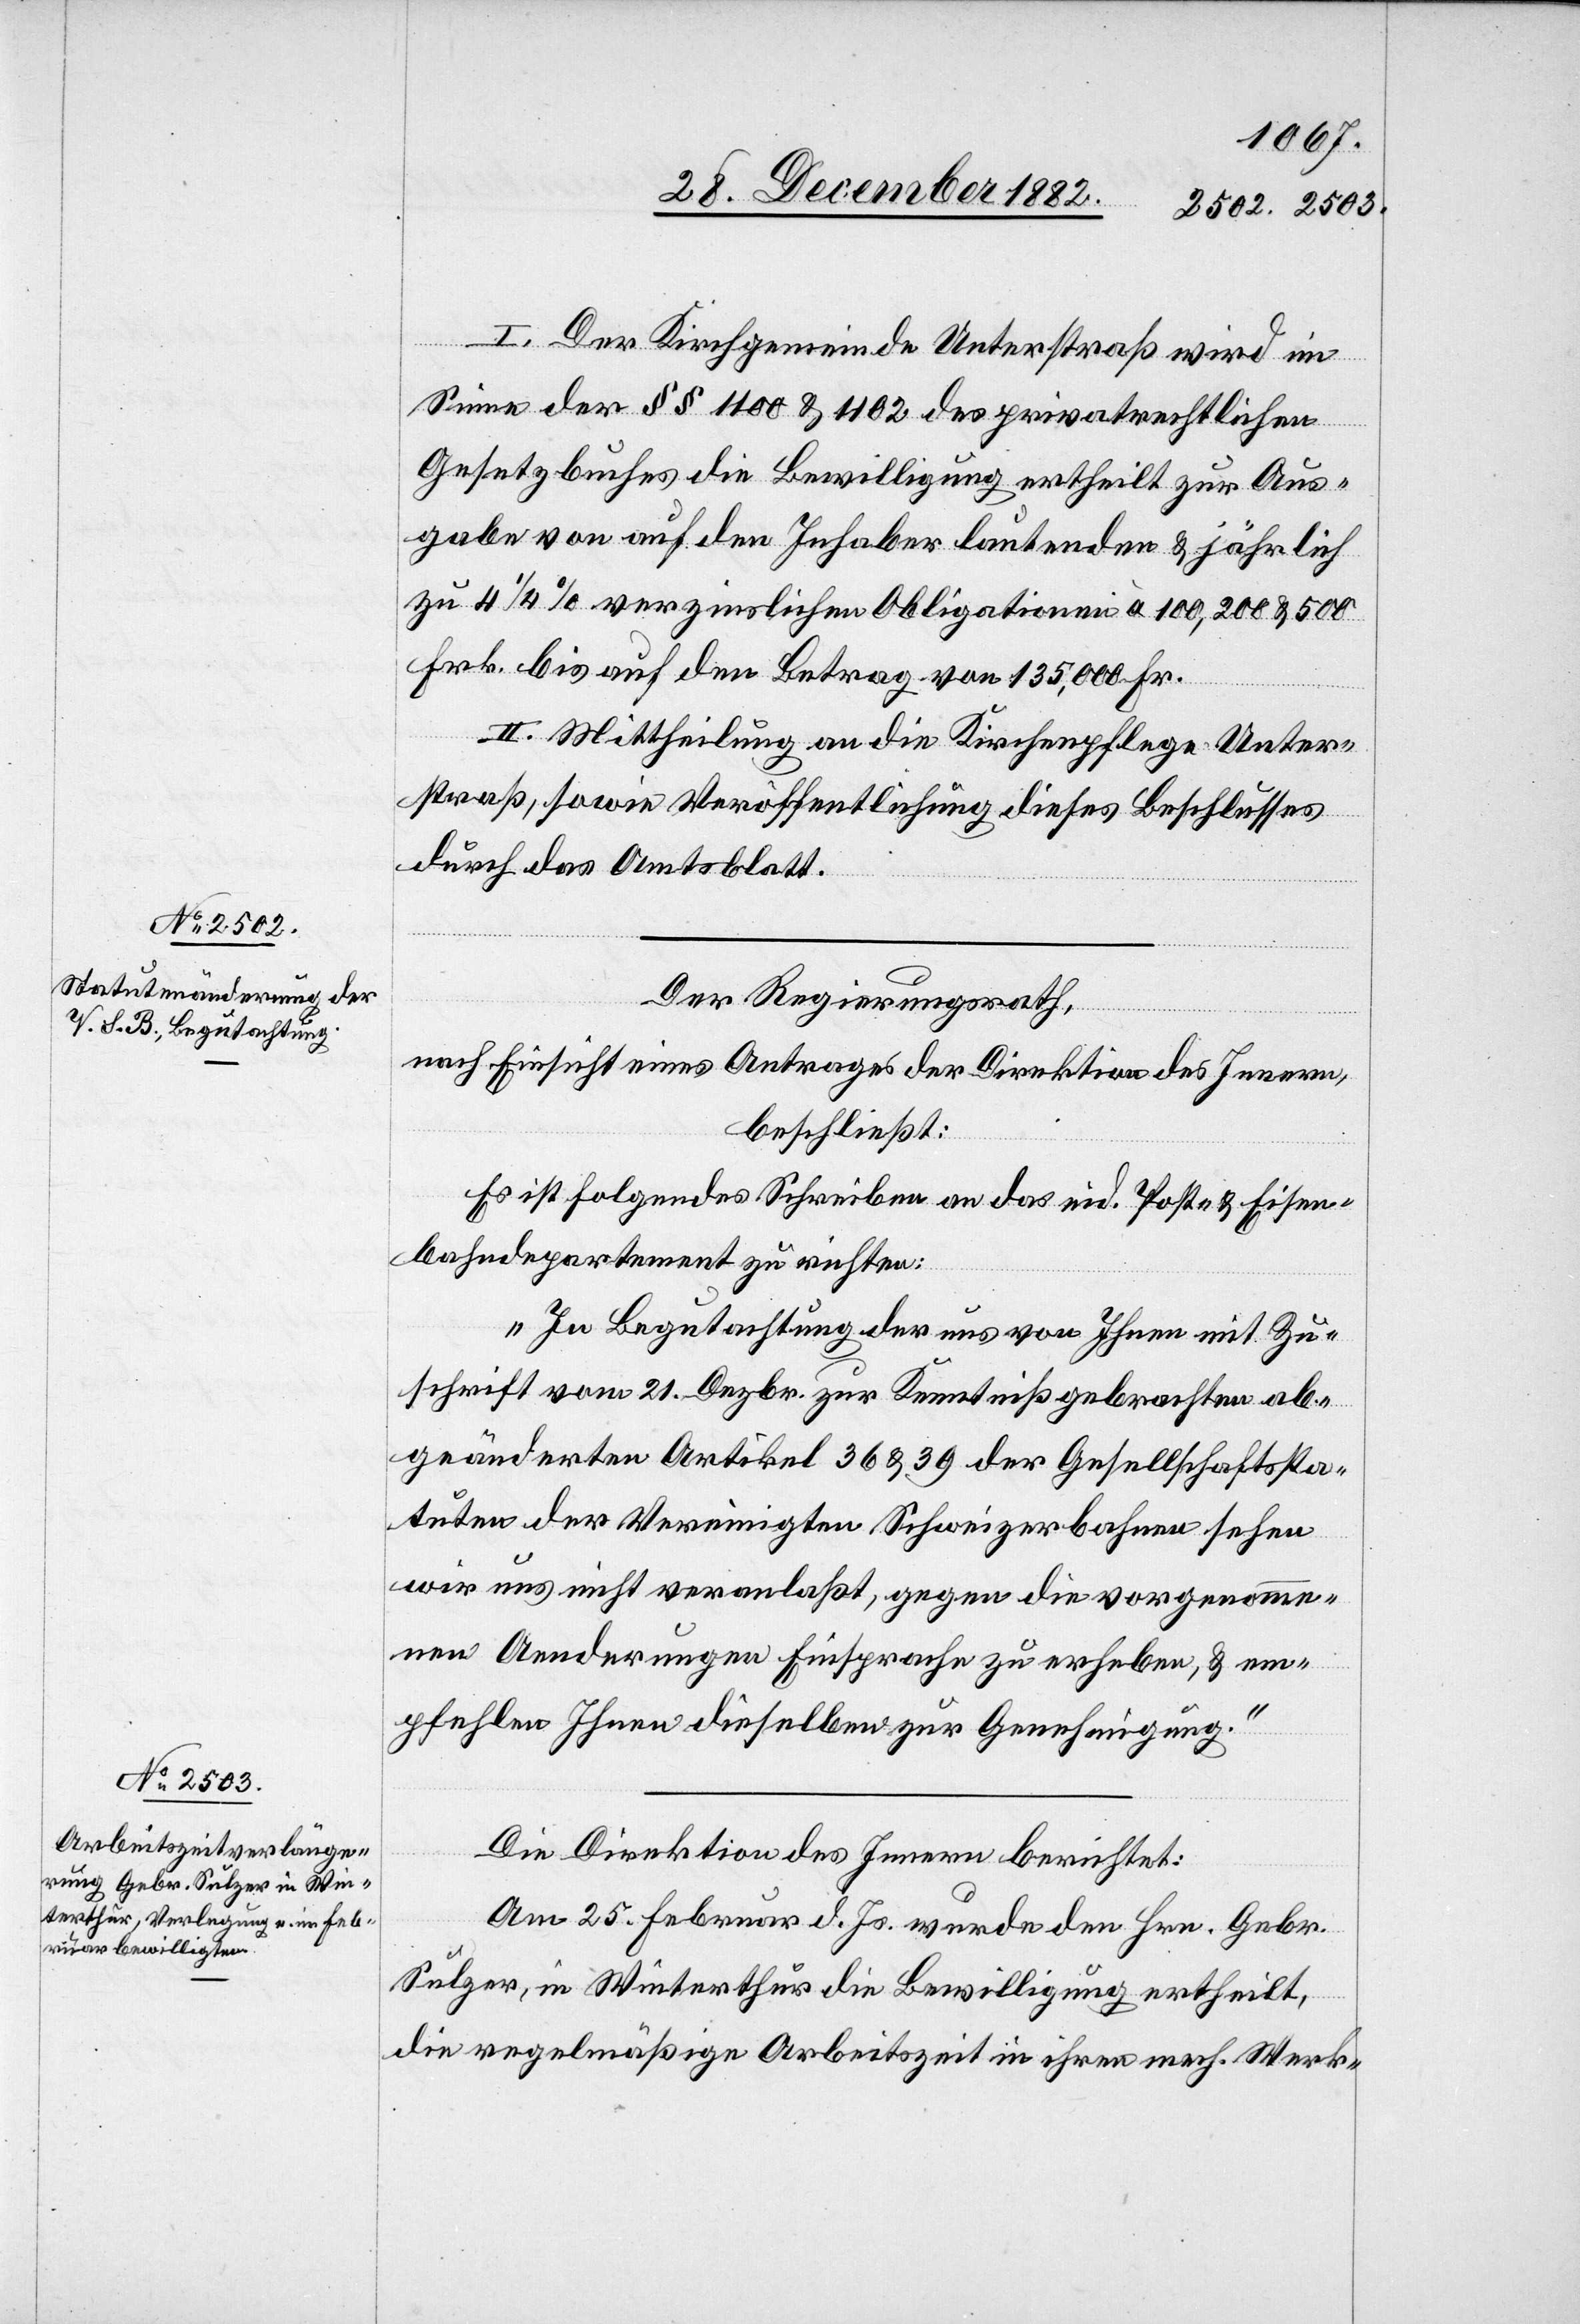
I. Der Kirchgemeinde Unterstraß wird im
Sinne der §§ 1100 & 1102 des privatrechtlichen
Gesetzbuches die Bewilligung ertheilt zur Aus¬
gabe von auf den Inhaber lautenden & jährlich
zu 4 1/ % verzinslichen Obligationen à 100, 200 & 500
Frk. bis auf den Betrag von 1500 Fr.
II. Mittheilung an die Kirchenpflege Unter¬
straß, sowie Veröffentlichung diese Beschlusses
durch das Amtsblatt.
Der Regierungsrath,
nach Einsicht eines Antrages der Direktion des Innern,
beschließt:
Es ist folgendes Schreiben an das eid. Post- & Eisen¬
bahndepartement zu richten:
„In Begutachtung der uns von Ihnen mit Zu¬
schrift vom 21. Dezbr. zur Kenntniß gebrachten ab¬
geänderten Artikel 36 & 39 der Gesellschaftssta¬
tuten der Vereinigten Schweizerbahnen sehen
wir uns nicht veranlaßt, gegen die vorgenomme¬
ne Aenderung Einsprache zu erheben, & em¬
pfehlen Ihnen dieselben zur Genehmigung.“
Die Direktion des Innern berichtet:
Am 25. Februar d. Js. wurde den Hrn. Gebr.
Sulzer, in Winterthur die Bewilligung ertheilt,
die regelmäßige Arbeitszeit in ihren mech. Werk-